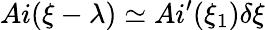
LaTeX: Ai(\xi-\lambda)\simeq Ai^{\prime}(\xi_{1})\delta\xi